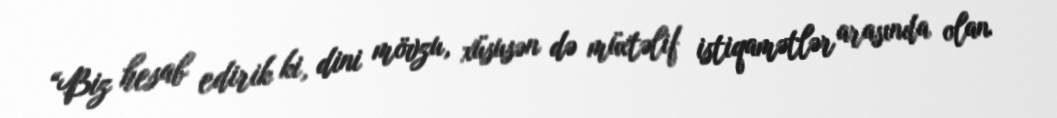
“Biz hesab edirik ki, dini mövzu, xüsusən də müxtəlif istiqamətlər arasında olan